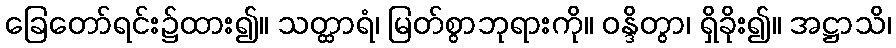
ခြေတော်ရင်း၌ထား၍။ သတ္ထာရံ၊ မြတ်စွာဘုရားကို။ ဝန္ဒိတွာ၊ ရှိခိုး၍။ အဋ္ဌာသိ၊